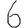
Digit: 6